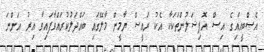
އެސްބީއައިގެ އިސް އޮފިޝަލުންތަކަކާ އެކު ރައީސް ޔާމީން މާލޭގައި ބައްދަލުކުރައްވާފައިވާ އިރު އަންނަ